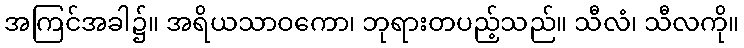
အကြင်အခါ၌။ အရိယသာဝကော၊ ဘုရားတပည့်သည်။ သီလံ၊ သီလကို။